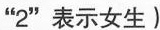
”2”表示女生)